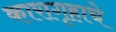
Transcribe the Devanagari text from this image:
कारागृहाचे